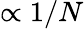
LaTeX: \propto 1/N